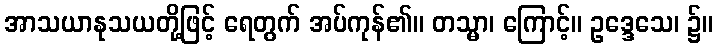
အာသယာနုသယတို့ဖြင့် ရေတွက် အပ်ကုန်၏။ တသ္မာ၊ ကြောင့်။ ဥဒ္ဒေသေ၊ ၌။